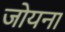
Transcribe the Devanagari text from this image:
जोयना